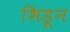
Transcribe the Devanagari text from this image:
भिडून